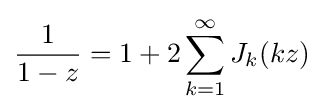
{\frac {1}{1-z}}=1+2\sum _{k=1}^{\infty }J_{k}(kz)